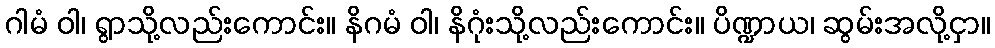
ဂါမံ ဝါ၊ ရွာသို့လည်းကောင်း။ နိဂမံ ဝါ၊ နိဂုံးသို့လည်းကောင်း။ ပိဏ္ဍာယ၊ ဆွမ်းအလို့ငှာ။